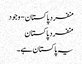
منفرد پاکستان - وجود
منفرد پاکستان
یہ پاکستان ہے۔